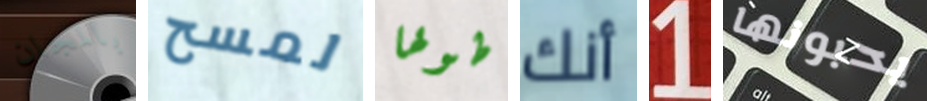
بالمجان لمسح طولها أنك 1 يحبونها